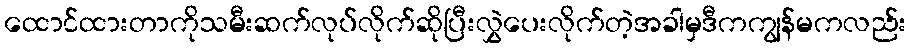
ထောင်ထားတာကိုသမီးဆက်လုပ်လိုက်ဆိုပြီးလွှဲပေးလိုက်တဲ့အခါမှဒီကကျွန်မကလည်း